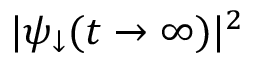
| \psi _ { \downarrow } ( t \rightarrow \infty ) | ^ { 2 }